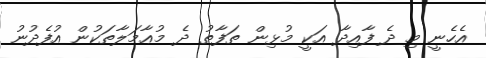
އެހެނީ މި ދެ ފާއިދާ އަކީ މުޅިން ތަފާތު ދެ މުޢާމަލާތަކުން އުފެދުނު